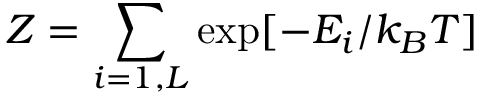
{ \cal Z } = \sum _ { i = 1 , L } \exp [ - E _ { i } / k _ { B } T ]